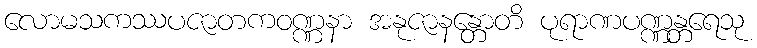
လောမသကဿပဇာတကဝဏ္ဏနာ အနုဇာနန္တောတိ ပုရာဏပဏ္ဏန္တရေသု